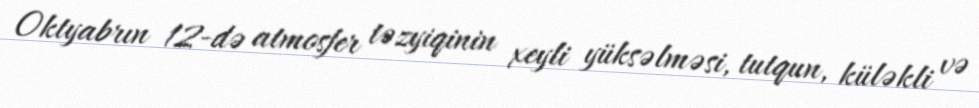
Oktyabrın 12-də atmosfer təzyiqinin xeyli yüksəlməsi, tutqun, küləkli və